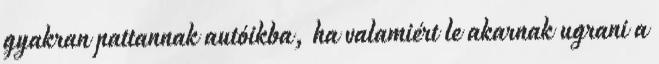
gyakran pattannak autóikba, ha valamiért le akarnak ugrani a